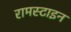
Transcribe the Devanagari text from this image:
रामस्टाइन